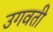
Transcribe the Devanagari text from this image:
उगवती